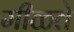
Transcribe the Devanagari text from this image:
मीळते